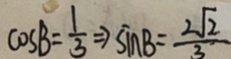
\cos B = \frac { 1 } { 3 } \Rightarrow \sin B = \frac { 2 \sqrt { 2 } } { 3 }